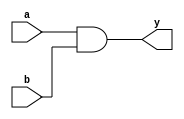
module combinational_logic (
    input wire a,        // First input
    input wire b,        // Second input
    output reg y        // Output
);

// Always block with sensitivity list for combinational logic
always @ (a or b) begin
    // Combinational logic implementation
    y = a & b; // AND operation
end

endmodule